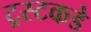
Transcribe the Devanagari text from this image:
ट्रस्टकडे